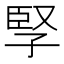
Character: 孯